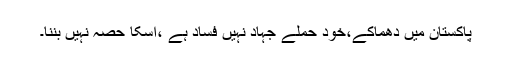
پاکستان میں دھماکے،خود حملے جہاد نہیں فساد ہے ،اسکا حصہ نہیں بننا۔